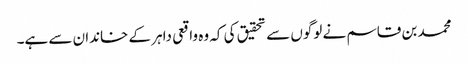
محمد بن قاسم نے لوگوں سے تحقیق کی کہ وہ واقعی داہر کے خاندان سے ہے۔